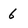
Character: 6